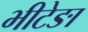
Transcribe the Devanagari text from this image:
भीटेङा